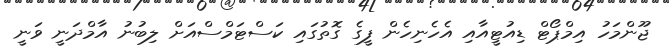
ޖޫންމަހު އިމްޕޯޓް ޑިއުޓީއާއި އެހެނިހެން ފީގެ ގޮތުގައި ކަސްޓަމްސްއަށް ލިބުނު އާމްދަނީ ވަނީ